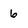
Character: 6